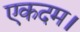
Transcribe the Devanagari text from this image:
एकदम।